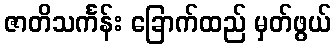
ဇာတိသင်္ကန်း ခြောက်ထည် မှတ်ဖွယ်